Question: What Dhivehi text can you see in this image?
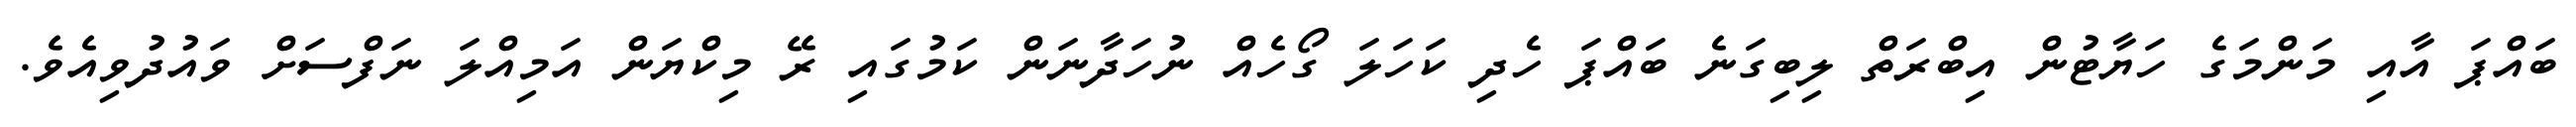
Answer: ބައްޕަ އާއި މަންމަގެ ހަޔާޓުން އިބްރަތް ލިބިގަނެ ބައްޕަ ހެދި ކަހަލަ ގޯހެއް ނުހަދާނަން ކަމުގައި ރޭ މިކްޔަން އަމިއްލަ ނަފްސަށް ވައުދުވިއެވެ.